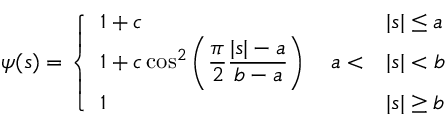
\psi ( s ) = \left\{ \begin{array} { l l } { 1 + c \quad } & { | s | \le a } \\ { 1 + c \cos ^ { 2 } \left( \displaystyle { \frac { \pi } { 2 } \frac { | s | - a } { b - a } } \right) \quad a < } & { | s | < b } \\ { 1 \quad } & { | s | \geq b } \end{array} \right.